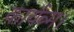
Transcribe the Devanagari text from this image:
कार्यव्म।